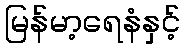
မြန်မာ့ရေနံနှင့်